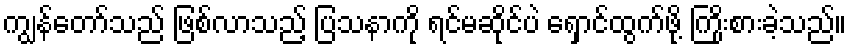
ကျွန်တော်သည် ဖြစ်လာသည့် ပြသနာကို ရင်မဆိုင်ပဲ ရှောင်ထွက်ဖို့ ကြိုးစားခဲ့သည်။